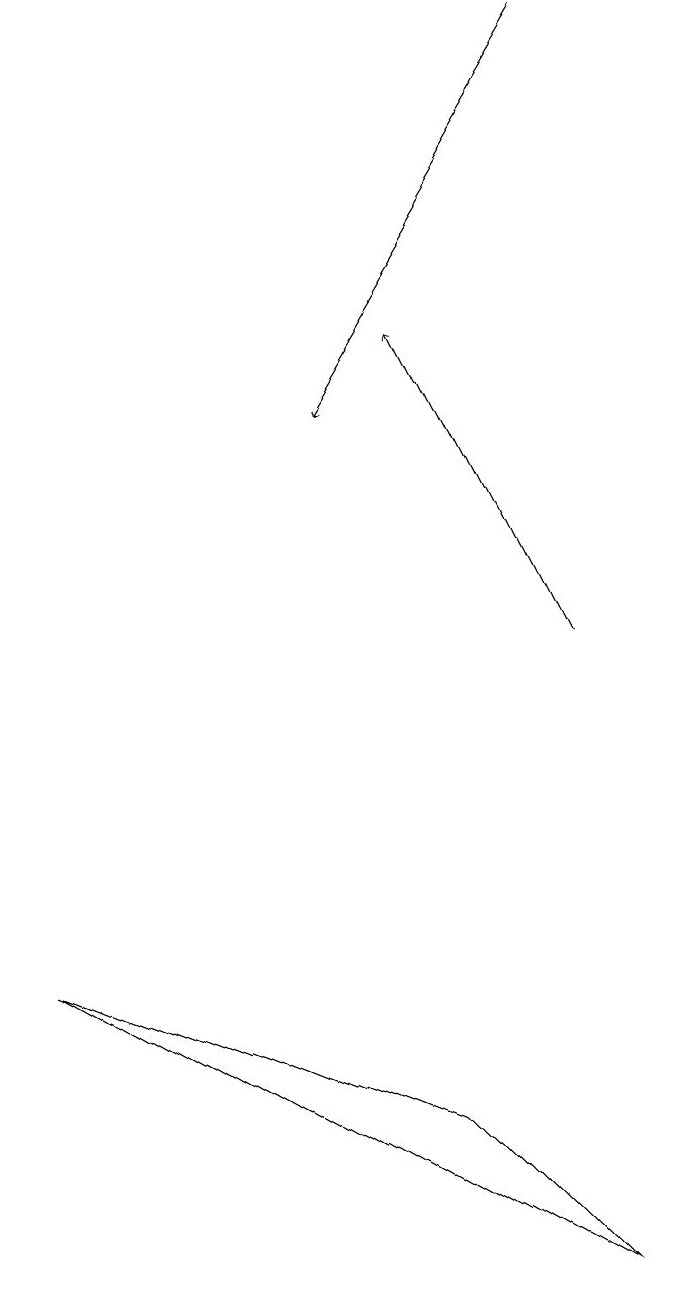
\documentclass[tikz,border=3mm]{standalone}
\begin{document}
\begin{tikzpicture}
\draw[->] (9,11) -- (7,15);
\draw (10,11) circle (0);
\draw (7,5) -- (9,3) -- (2,7) -- cycle;
\draw[->] (9,19) -- (6,14);
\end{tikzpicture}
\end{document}